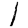
Digit: 1